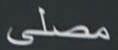
مصلى